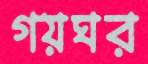
গয়ঘর